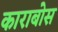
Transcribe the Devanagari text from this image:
काराबोस